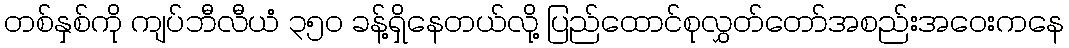
တစ်နှစ်ကို ကျပ်ဘီလီယံ ၃၅၀ ခန့်ရှိနေတယ်လို့ ပြည်ထောင်စုလွှတ်တော်အစည်းအဝေးကနေ